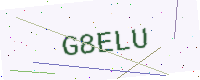
Text: G8ELU